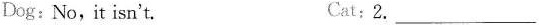
Dog: No, it isn't. Cat: 2.___